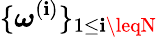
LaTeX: \{ \boldsymbol\omega^{(\mathbf{i})}\} _{1\leq\mathbf{i}\leqN}